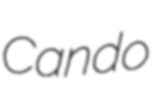
Cando